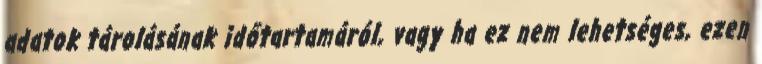
adatok tárolásának időtartamáról, vagy ha ez nem lehetséges, ezen